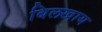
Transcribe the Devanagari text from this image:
बिलखाय